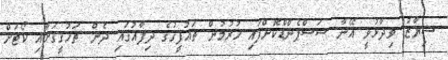
ޝިޔާޒު ވިދާޅުވީ އޭނާ ސަސްޕެންޑްކޮށްފައި ހުރުމުން ތައުފީގުގެ ދިފާއުގައި ދެން ތަހުގީގަށާއި ކޯޓަށް